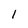
Character: 1